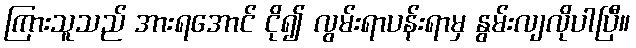
ကြားသူသည် အားရအောင် ငို၍ လွမ်းရာပန်းရာမှ နွမ်းလျလိုပါပြီ။